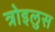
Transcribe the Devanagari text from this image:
त्रोइलुस